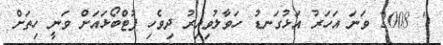
" 2008 ވަނަ އަހަރު އަޅުގަނޑު ހަވާލުވިއިރު ދިވެހި ފުޓްބޯޅައަށް ވަނީ ހިތަށް